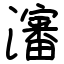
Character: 瀋